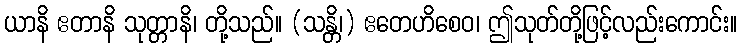
ယာနိ ဧတာနိ သုတ္တာနိ၊ တို့သည်။ (သန္တိ၊) ဧတေဟိစေဝ၊ ဤသုတ်တို့ဖြင့်လည်းကောင်း။